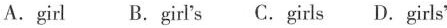
A.girl B.girl's C.girls D.girls'